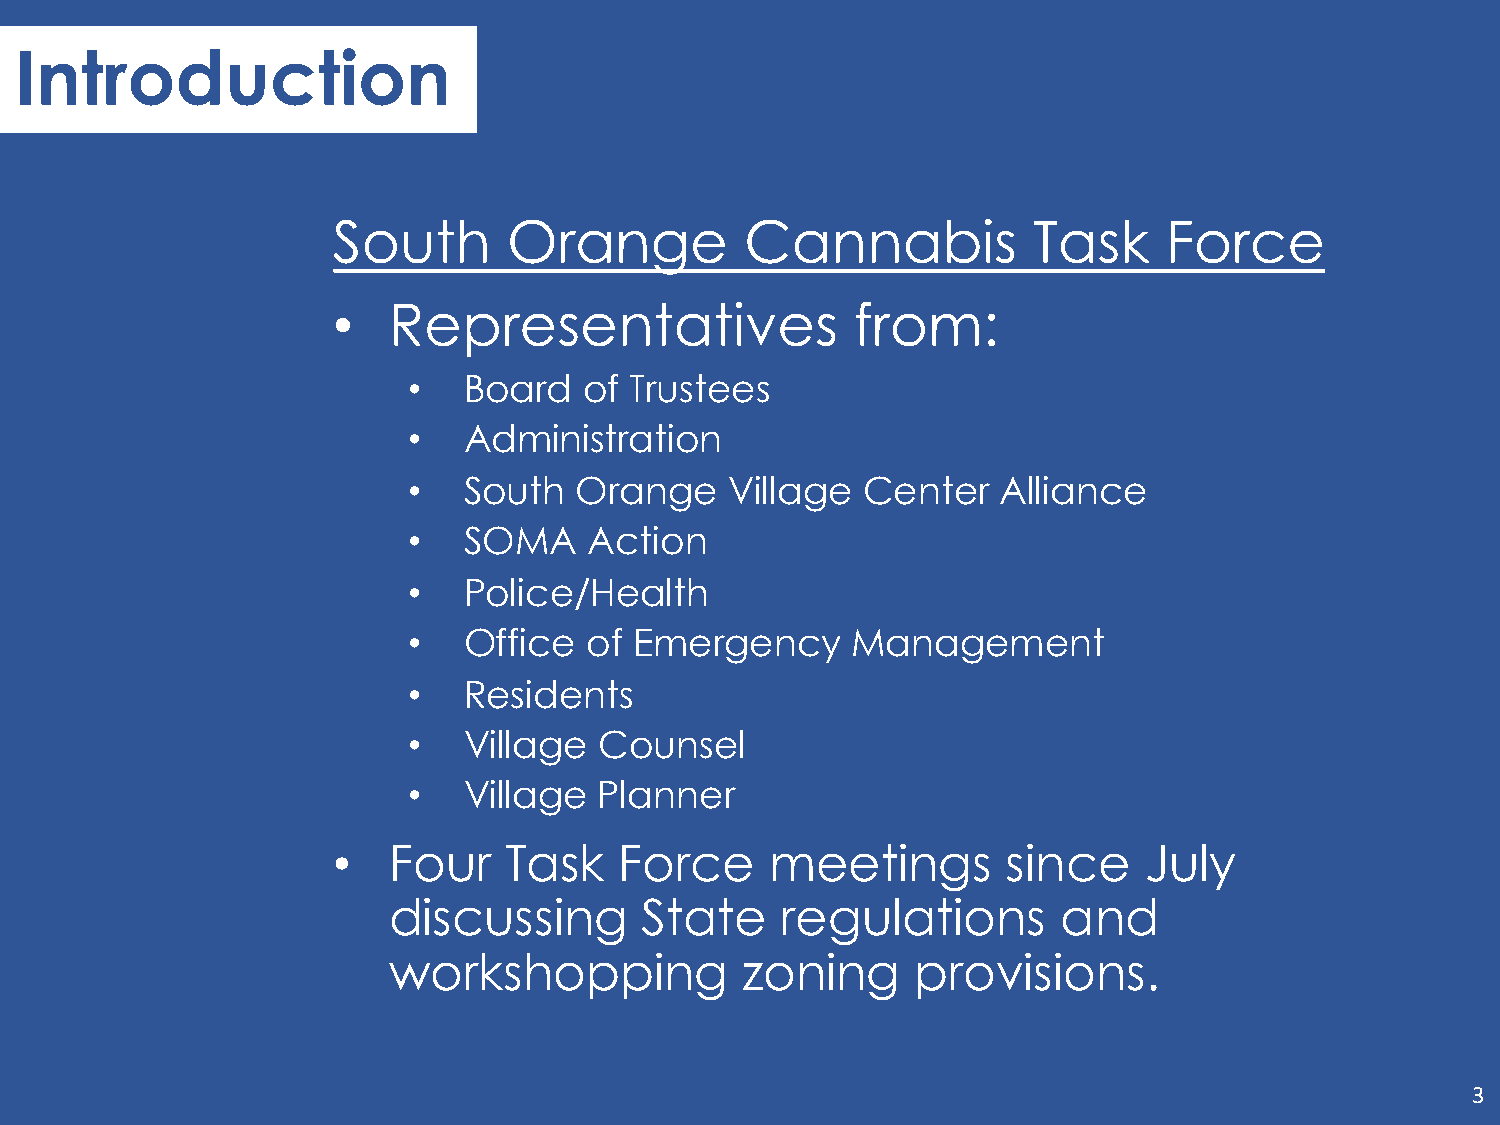
Introduction
 South       Orange         Cannabis           Task     Force
 •   Representatives                from:
 •   Board   of Trustees
 •   Administration
 •   South  Orange    Village  Center   Alliance
 •   SOMA    Action
 •   Police/Health
 •   Office  of Emergency     Management
 •   Residents
 •   Village  Counsel
 •   Village  Planner
 •   Four   Task    Force     meetings        since    July
 discussing       State    regulations       and
 workshopping           zoning      provisions.
 3